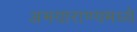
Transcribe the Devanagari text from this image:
अभयाराण्यमध्ये